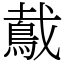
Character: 䳒